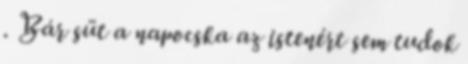
. Bár süt a napocska az istenért sem tudok